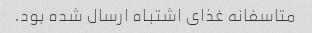
متاسفانه غذای اشتباه ارسال شده بود.